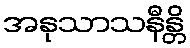
အနုသာသနီန္တိ